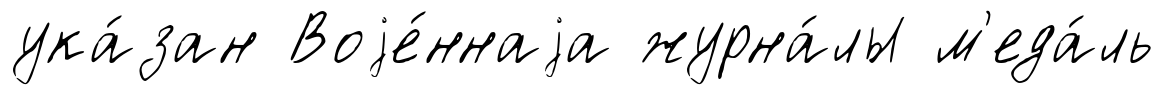
ука́зан Воjе́ннаjа журна́лы м'еда́ль